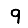
Digit: 9